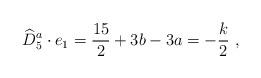
LaTeX: \begin{align*} \widehat{D}_5^a\cdot e_1 = \frac{15}{2}+3b-3a = -\frac{k}{2} \ ,\end{align*}